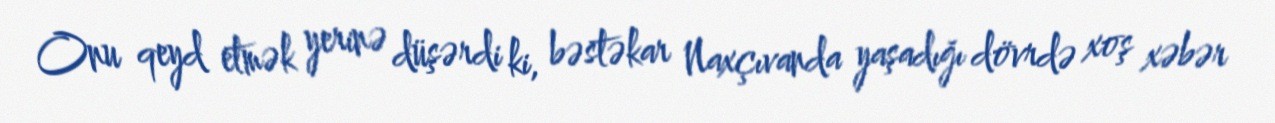
Onu qeyd etmək yerinə düşərdi ki, bəstəkar Naxçıvanda yaşadığı dövrdə xoş xəbər